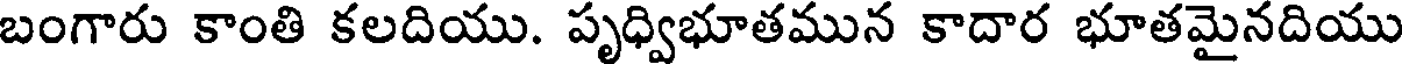
బంగారు కాంతి కలదియు. పృధ్విభూతమున కాదార భూతమైనదియు